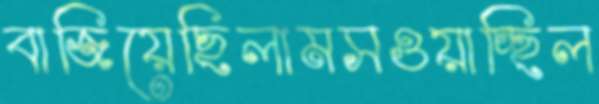
বাজিয়েছিলামসওয়াচ্ছিল